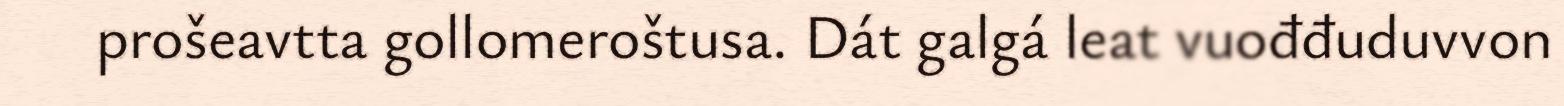
prošeavtta gollomeroštusa. Dát galgá leat vuođđuduvvon